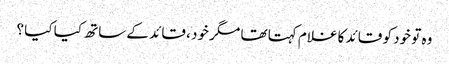
وہ تو خود کو قائد کا غلام کہتا تھا مگر خود ، قائد کے ساتھ کیا کیا ؟